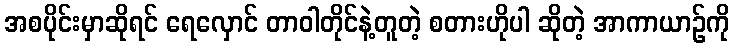
အစပိုင်းမှာဆိုရင် ရေလှောင် တာဝါတိုင်နဲ့တူတဲ့ စတားဟိုပါ ဆိုတဲ့ အာကာယာဉ်ကို